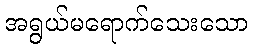
အရွယ်မရောက်သေးသော